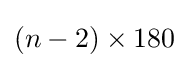
(n-2)\times 180